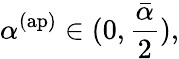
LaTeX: \alpha^{\mathrm{(ap)}}\in(0,\frac{\bar{\alpha}}{2}),